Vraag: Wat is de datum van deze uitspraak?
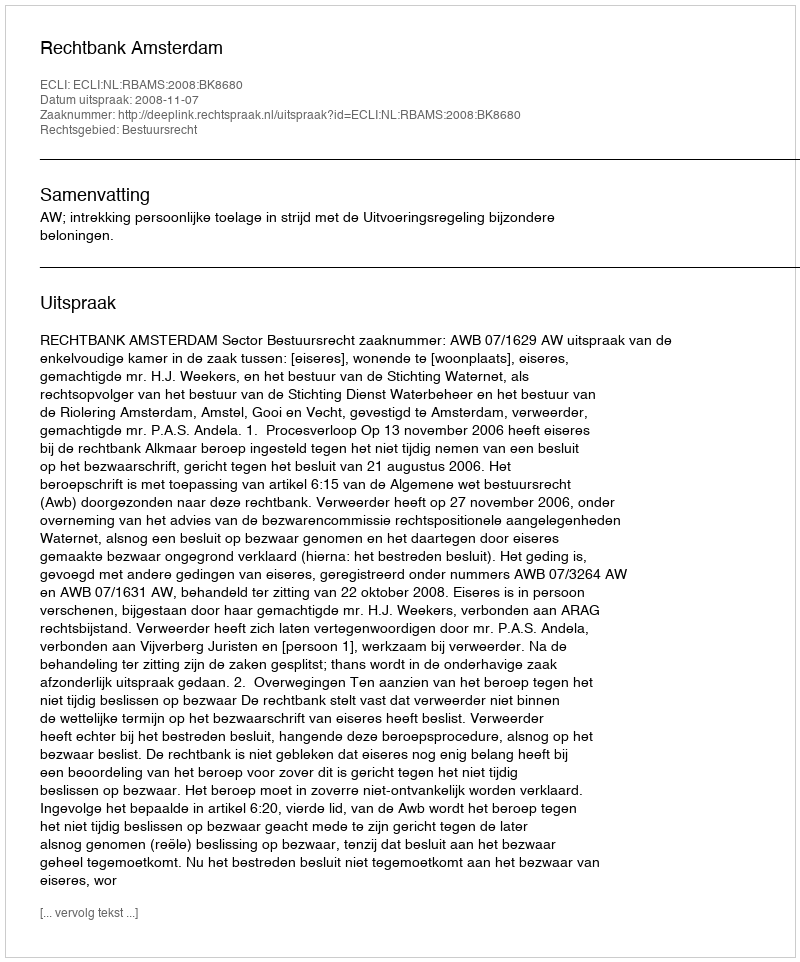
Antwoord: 2008-11-07